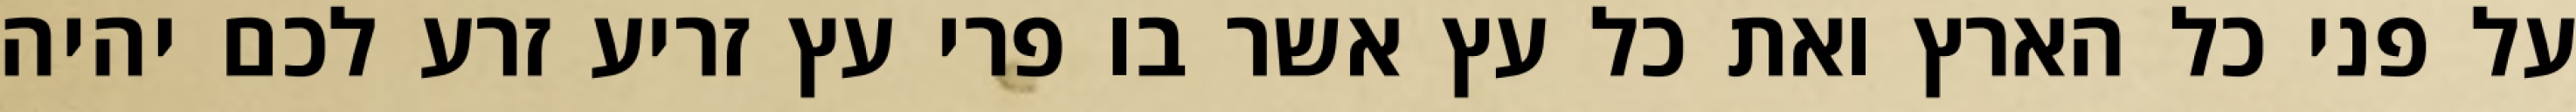
על פני כל הארץ ואת כל עץ אשר בו פרי עץ זריע זרע לכם יהיה